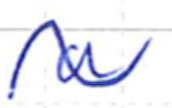
Text: a
Cross-out: wave
Writing tool: ballpoint